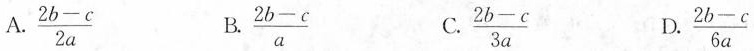
A.\frac{2b-c}{2a} B.\frac{2b-c}{a} C.\frac{2b-c}{3a} D.\frac{2b-c}{6a}